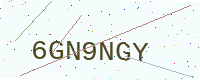
Text: 6GN9NGY